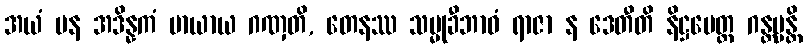
အယံ ပန အဒိန္နကံ မာယာယ ဂဏှတိ, တေနဿ သမ္မုခီဘာဝံ ရာဇာ န ဒေတီတိ နိဋ္ဌမေတ္ထ ဂန္တဗ္ဗန္တိ